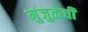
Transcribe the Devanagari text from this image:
मुंजुळेची